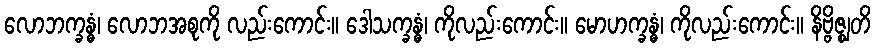
လောဘက္ခန္ဓံ၊ လောဘအစုကို လည်းကောင်း။ ဒေါသက္ခန္ဓံ၊ ကိုလည်းကောင်း။ မောဟက္ခန္ဓံ၊ ကိုလည်းကောင်း။ နိဗ္ဗိဇ္ဈတိ